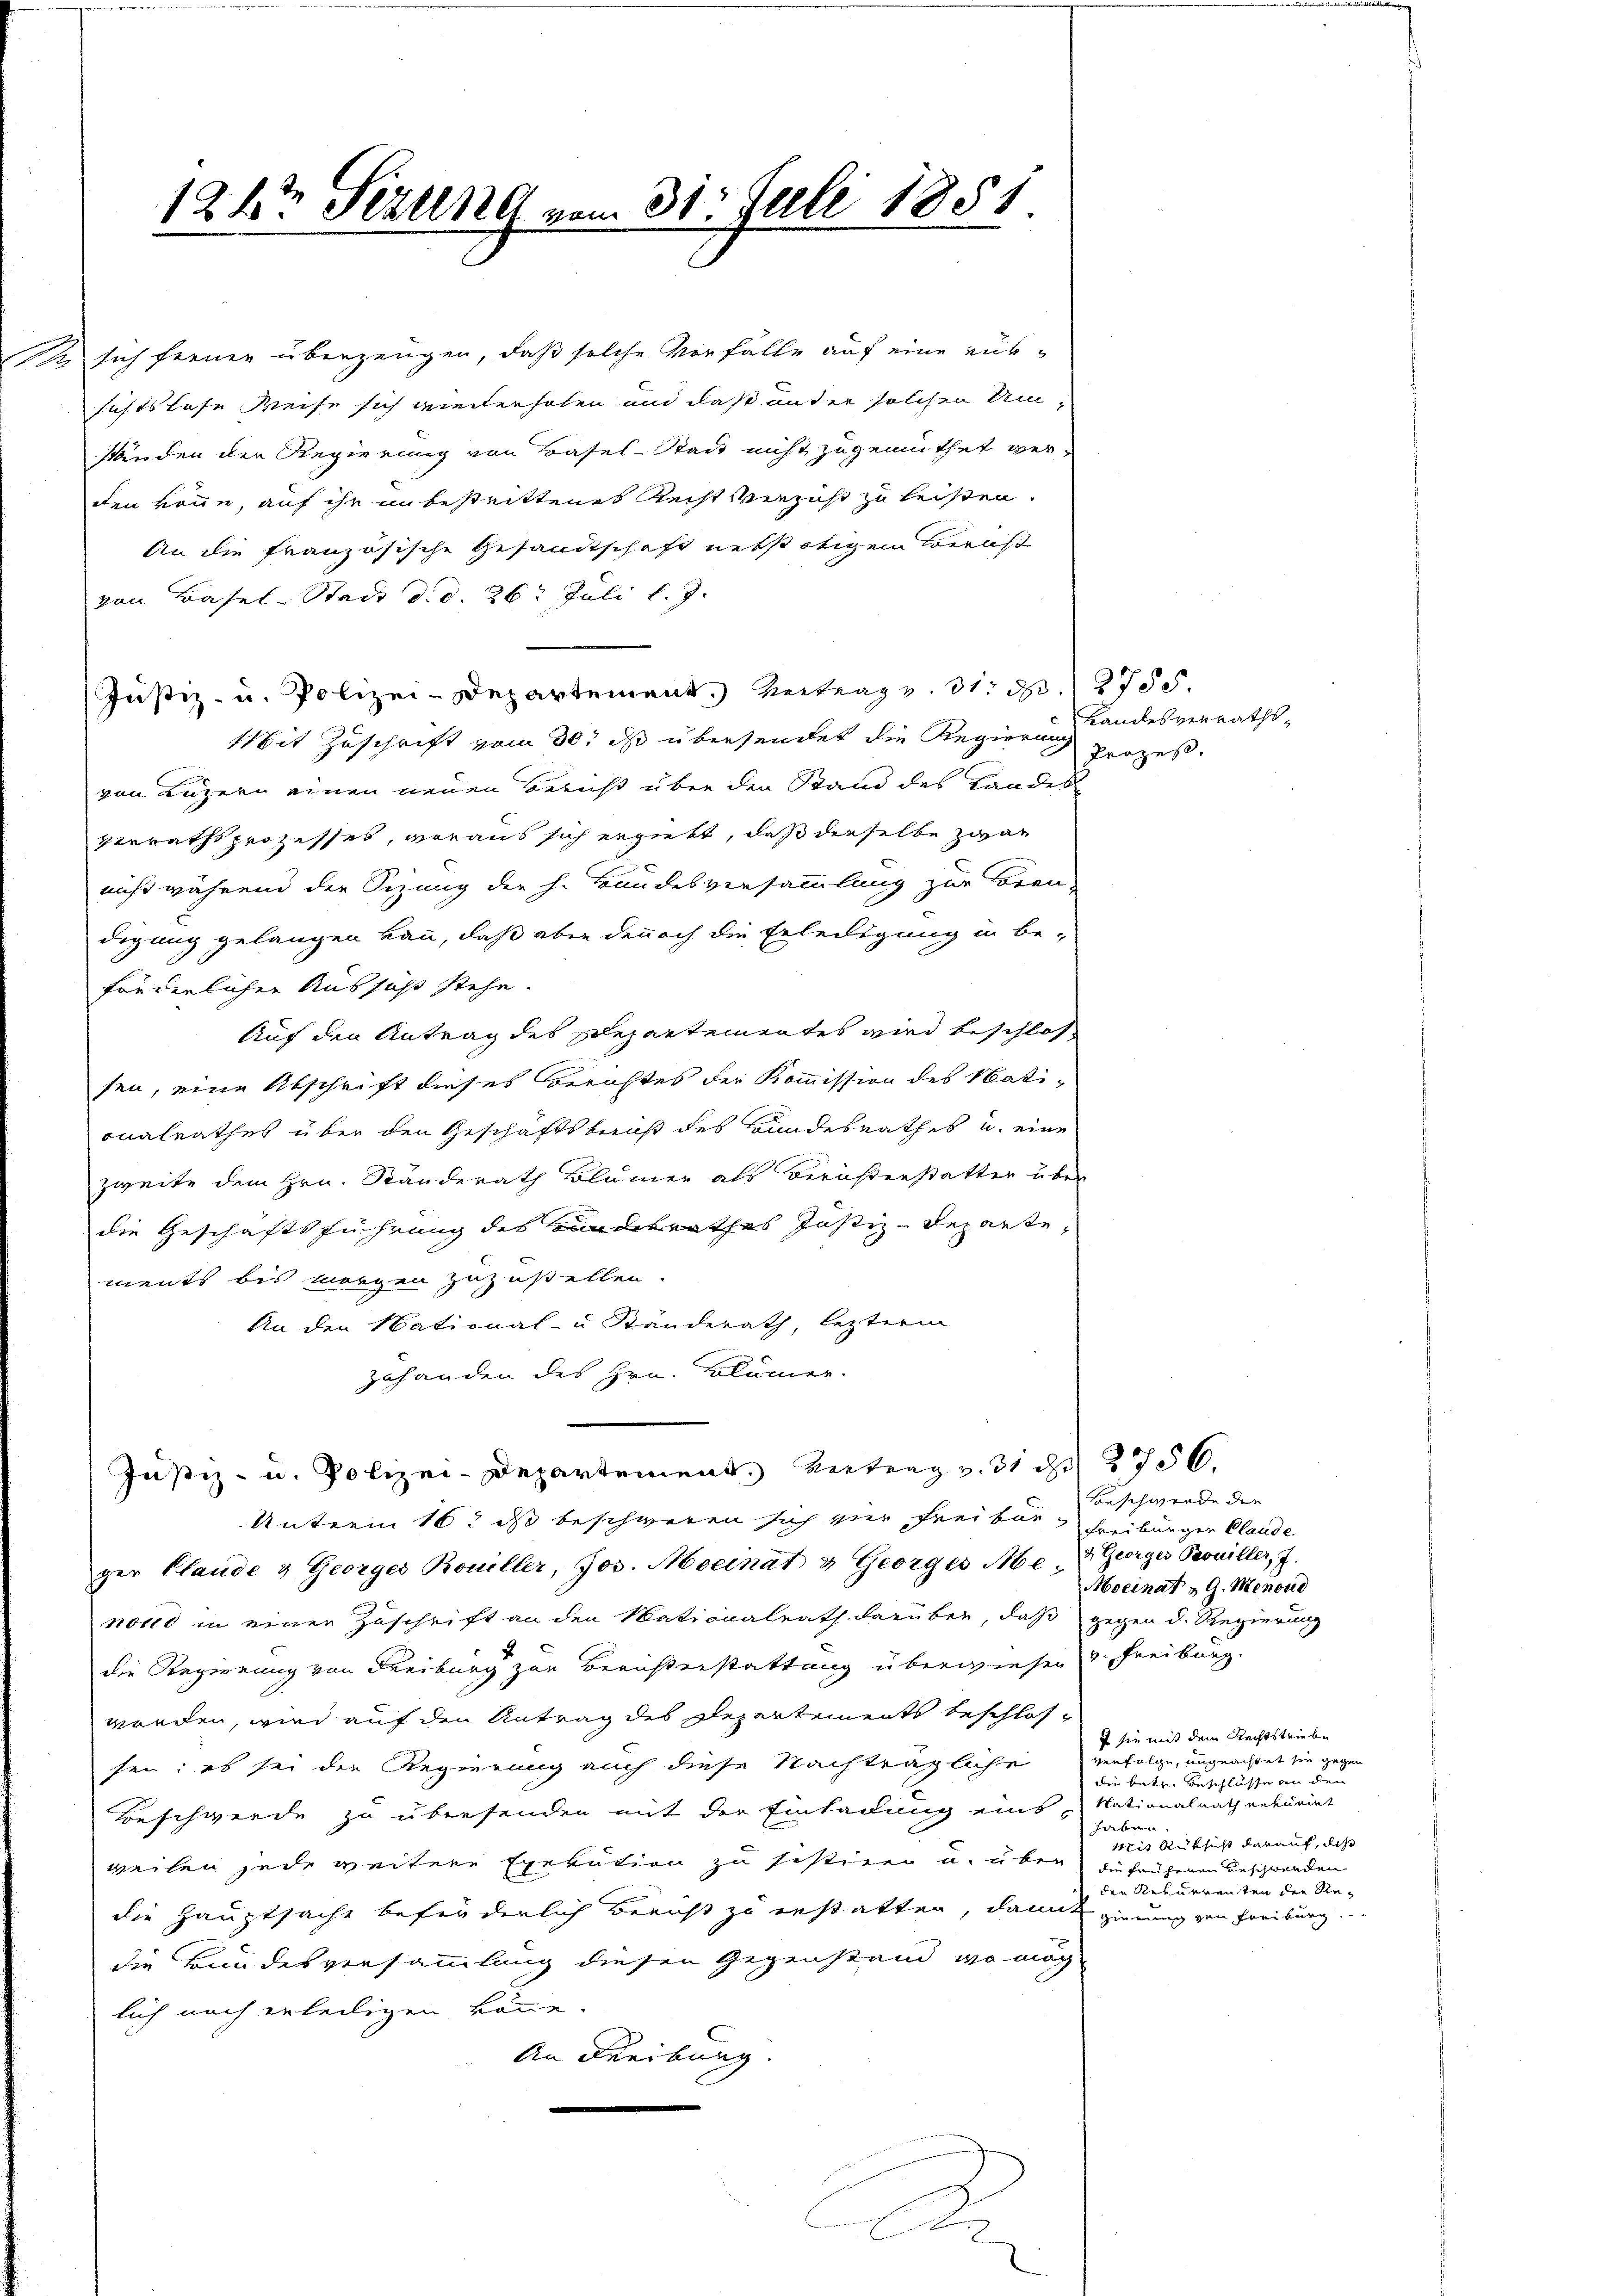
e

124t Sezung vom 31. Juli 1881

Unterm 16t ds beschweren sich vier Freibar, Freiburger Claude
ger Claude & Georger Rouiller, Jos. Mocinat & Georges Med. Georges Trouiller, 7.
nold in einer Zuschrift an den Nationalrath darüber, daß gegen d. Regierung
die Regierung von Freiburg zur Berichterstattung überwiesen Freiburg.
werden, wird auf den Antrag des Departements beschlosfen: es sei der Regierung auch diese Nachträgliche verfolge, ungeachtet sie gegen
Beschwerde zu übersenden mit der Einladung eins „Nationalrath rekurirt
haben.
weilen jede weitere Exekution zu festiren u. über zu laufenen Beschwerden
die Hauptsache beförderlich Bericht zu erstatten, damit gierung von Freiburg.
die Bundesversammlung diesen Gegenstand, wo mög
lich noch erheiligen könne.
An Freiburg.

1 sich fernen überzeugen, daß solche Vorfälle auf eine rüksichts lese Weise sich wiederhoben und daß unter solchen Umständen der Regierung von Basel-Stadt nicht zugemuthet verden könne, auf ihr unbestrittenes Recht verzust zu leisten.
An die französische Gesamtschaft nebstätigem Bericht
von Basel-Stadt d. d. 26 t Juli l. J.
Justiz- u. Polizei-Departement. Vertrag v. 31. d. 2755.
Mit Zuschrift vom 30. ds übersendet die Regierung
von Luzern einen neuen Bericht über den Stand des Landes
verrathsprozesses, woraus sich ergiebt, daß derselbe zwar
niß während der Sizung der h. Bundesversammlung zur Bren-
digung gelangen kann, daß aber dennoch die Erledigung in beförderlichen Aussicht stehe.
Auf den Antrag des Departementes wird beschlos
sen, eine Abschrift dieses Berichtes der Kommission des Nationalrathes über den Geschäftsberus des Bundesrathes u. eine
zweite dem Hrn. Ständerath Blumer als Berichterstatter über
die Geschäftsführung des Bundesrathes Justiz-Departements bis morgen zuzustellen.
An den National- u Ständerath, lezterm
zuhanden des Hrn. Blümer-

Justiz- u. Polizei-Departement. Vertrag v. 31 d. 2756.

b

Handesverraths¬
Prozes.

Beschwerde der
Mocinat & G. Menoud

sie mit dem Rechtstriebe
die betr. Beschlüsse an der
Mit Rüksicht darauf, daß
e